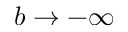
b \rightarrow - \infty